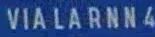
VIA-LARNN4